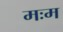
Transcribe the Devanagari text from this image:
मःम